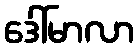
ဒေါ်မာလာ